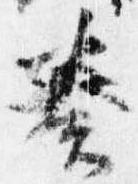
奏